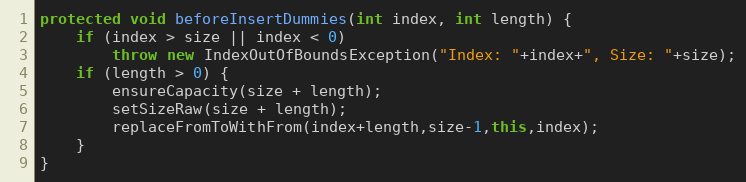
Language: Java
protected void beforeInsertDummies(int index, int length) {
	if (index > size || index < 0)
		throw new IndexOutOfBoundsException("Index: "+index+", Size: "+size);
	if (length > 0) {
		ensureCapacity(size + length);
		setSizeRaw(size + length);
		replaceFromToWithFrom(index+length,size-1,this,index);
	}
}